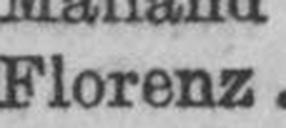
Florenz